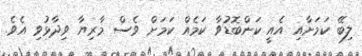
ލިބޭ ކަމަށާއި އެއީ ކަންބޮޑުވާ ކަމެއް ކަމަށް ވެސް މާރިޔާ ވިދާޅުވި އެވެ.